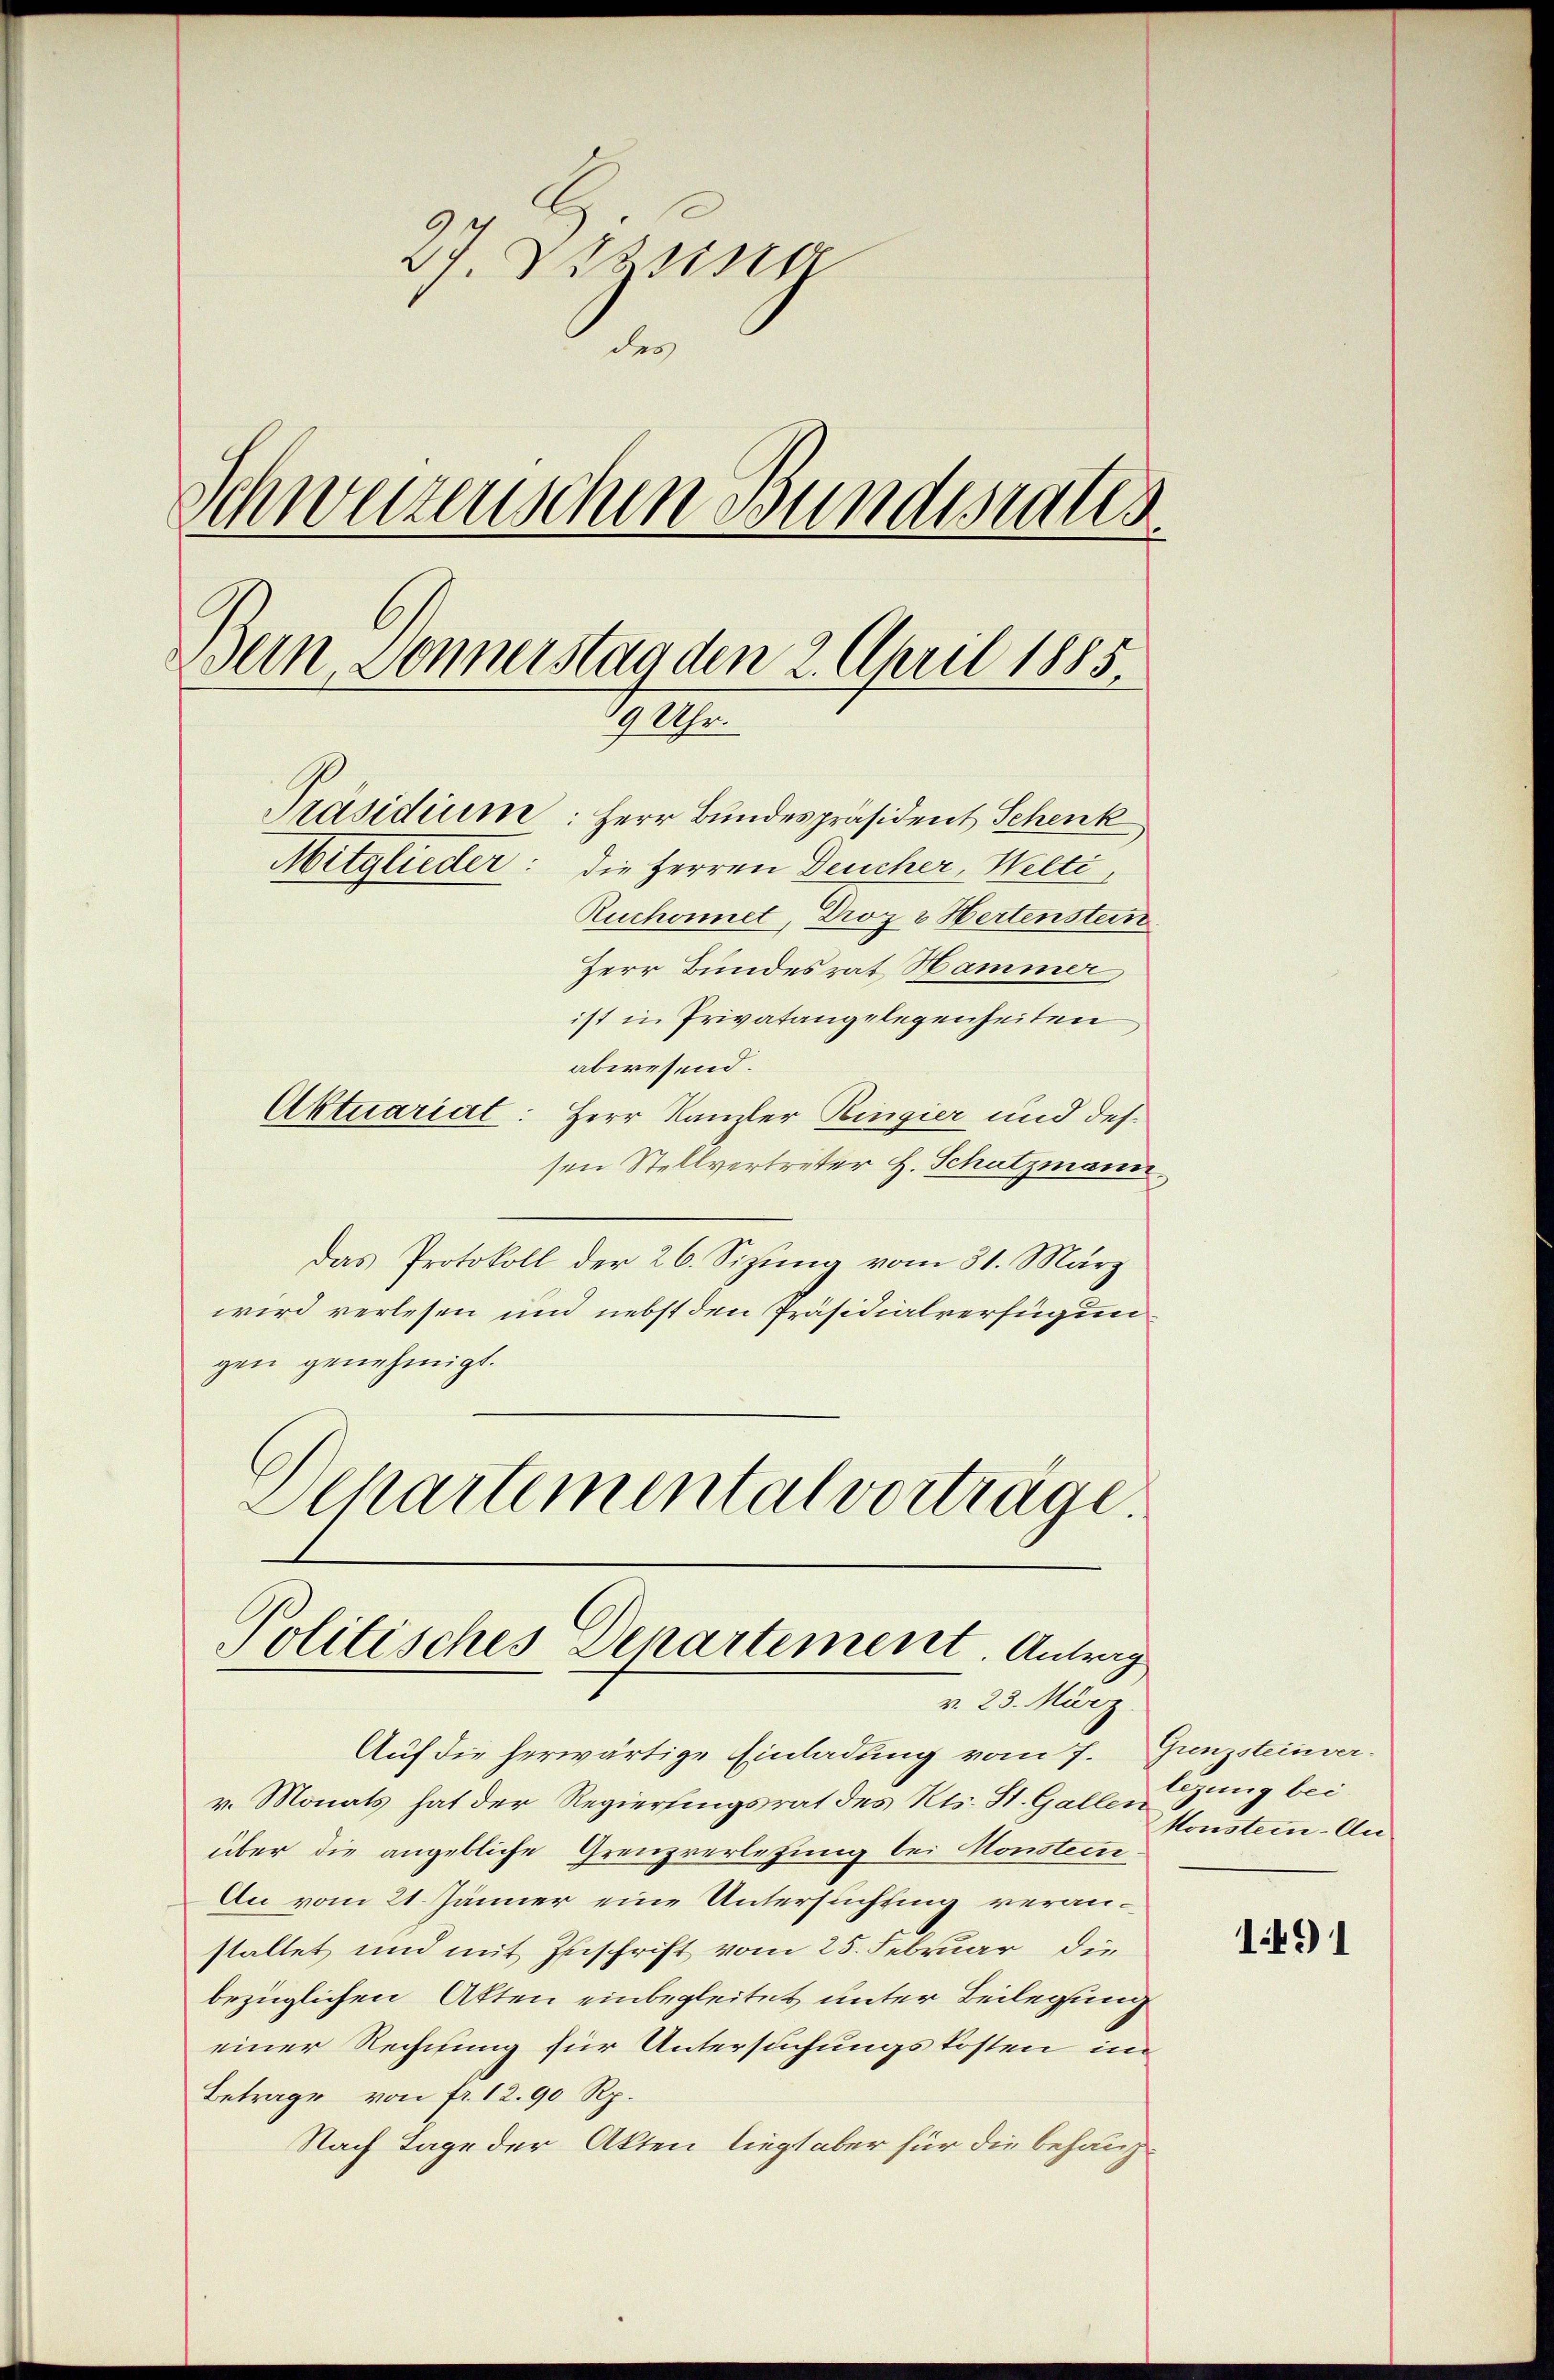
27. Dessio
des
Schwerzenschen wundesrates
Dein Donnerstag den 2. April 1885
9 Uhr.
Präsidium: Herr Bundespräsident Schenk
Mitglieder: die Herren Deucher, Welti,
Ruchonnet, Droz & Hertenstein
Herr Bundesrat Hammer

ist in Privatangelegenheiten
abwesend.
Aktuariat: Herr Kanzler Ringier und des
sen Stellvertreter H. Schatzmann
Das Protokoll der 26. Sizung vom 31. März
wird verlesen und nebst den Präsidialverfügungen genehmigt.
Dchartemental vorträge.

Auf die herwärtige Einladung vom 7. Gunzsteinverv. Monats hat der Regierungsrat des Kts. St. Gallen
über die angebliche Grenzverlesung bei Monstein
An vom 21. Jänner eine Untersuchung veranstaltet und mit Zuschrift vom 25. Februar die
bezüglichen Akten einbegleitet unter Beilegung
einer Rechnung für Untersuchungskosten im
Betrage von fr. 12. 90 Rp.
Nach Tage der Akten liegt aber für die behaup¬

Politisches Departement. Antrag
v. 23. März

legung bei.
konstein. Au

1491